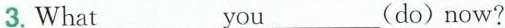
3. What___you___do)now?